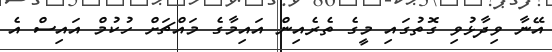
އޭނާ ވިދާޅުވި ގޮތުގައި މީގެ ތެރެއިން އައިމާގެ މައްޗަށް ހުކުމް އައިސް އެ